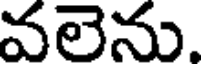
వలెను.